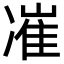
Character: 凗